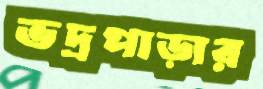
ভদ্রপাড়ার